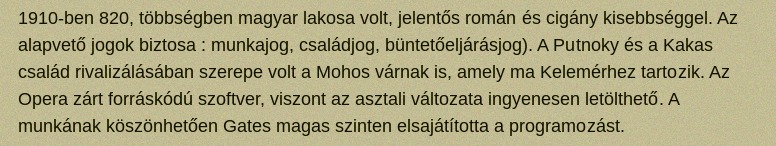
1910-ben 820, többségben magyar lakosa volt, jelentős román és cigány kisebbséggel. Az alapvető jogok biztosa : munkajog, családjog, büntetőeljárásjog). A Putnoky és a Kakas család rivalizálásában szerepe volt a Mohos várnak is, amely ma Kelemérhez tartozik. Az Opera zárt forráskódú szoftver, viszont az asztali változata ingyenesen letölthető. A munkának köszönhetően Gates magas szinten elsajátította a programozást.